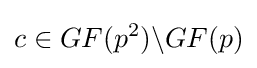
c\in GF(p^{2})\backslash GF(p)